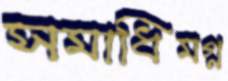
সমাধিমগ্ন